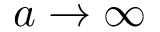
a \to \infty